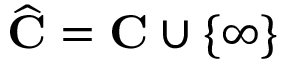
{ \widehat { \mathbf { C } } } = \mathbf { C } \cup \{ \infty \}